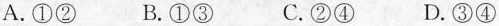
A. ①② B. ①③ C. ②④ D. ③④